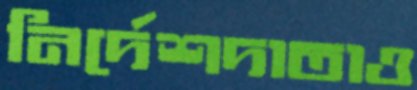
নির্দেশদাতাও